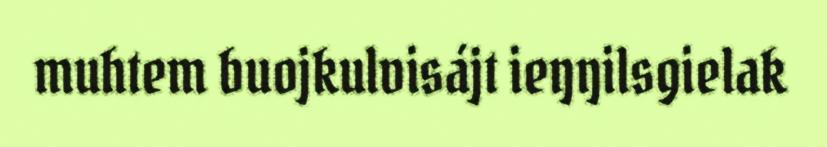
muhtem buojkulvisájt ieŋŋilsgielak